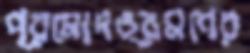
প্রমোদভ্রমণের